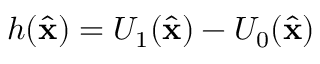
h ( \hat { \mathbf { x } } ) = U _ { 1 } ( \hat { \mathbf { x } } ) - U _ { 0 } ( \hat { \mathbf { x } } )